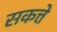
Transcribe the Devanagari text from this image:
सकत्ते